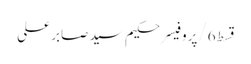
قسط6/پروفیسر حکیم سید صابر علی